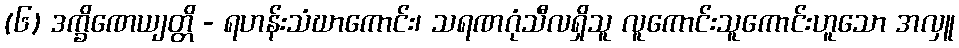
(၆) ဒက္ခိဏေယျတ္တိ - ရဟန်းသံဃာကောင်း၊ သရဏဂုံသီလရှိသူ လူကောင်းသူကောင်းဟူသော အလှူ